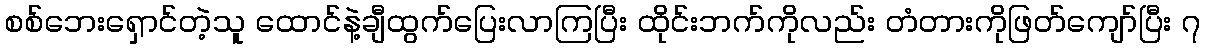
စစ်ဘေးရှောင်တဲ့သူ ထောင်နဲ့ချီထွက်ပြေးလာကြပြီး ထိုင်းဘက်ကိုလည်း တံတားကိုဖြတ်ကျော်ပြီး ၇